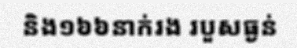
និង១៦៦នាក់រង របួសធ្ងន់